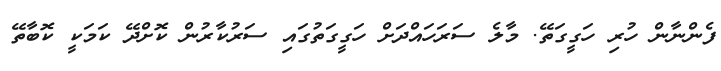
ފެންނާން ހުރި ހަގީގަތޭ. މާލެ ސަރަަހައްދަށް ހަގީގަތުގައި ސަރުކާރުން ކޮޮށްދޭ ކަމަކީ ކޮބާތޭ